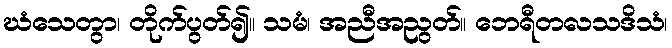
ဃံသေတွာ၊ တိုက်ပွတ်၍။ သမံ၊ အညီအညွတ်။ ဘေရီတလသဒိသံ၊